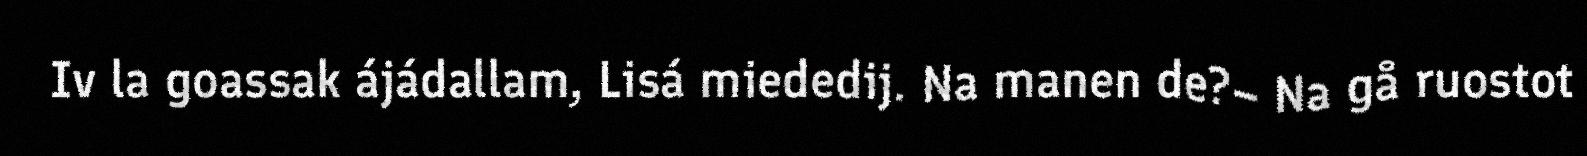
Iv la goassak ájádallam, Lisá miededij. Na manen de?– Na gå ruostot